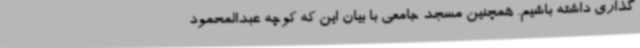
گذاری داشته باشیم. همچنین مسجد جامعی با بیان این که کوچه عبدالمحمود